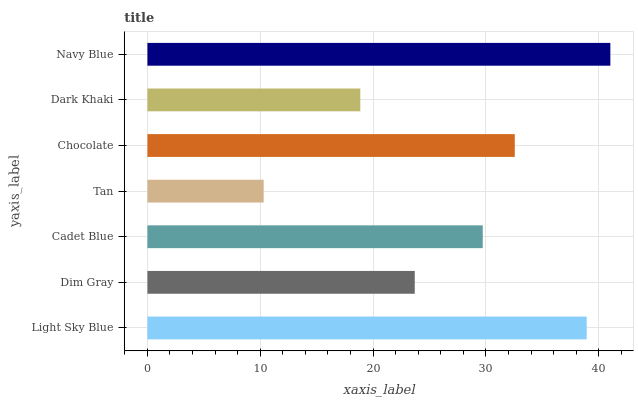
| yaxis_label | bars |
 | --- | --- |
 | Light Sky Blue | 38.9 |
 | Dim Gray | 23.7 |
 | Cadet Blue | 29.7 |
 | Tan | 10.3 |
 | Chocolate | 32.6 |
 | Dark Khaki | 18.9 |
 | Navy Blue | 41 |